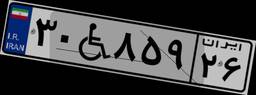
۶۰W۸۱۸۲۰